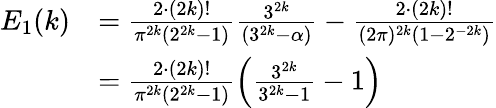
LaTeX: \begin{array}{rl}{E_{1}(k)}&{=\frac{2\cdot(2k)!}{\pi^{2k}(2^{2k}-1)}\frac{3^{2k}}{(3^{2k}-\alpha)}-\frac{2\cdot(2k)!}{(2\pi)^{2k}(1-2^{-2k})}}\\ &{=\frac{2\cdot(2k)!}{\pi^{2k}(2^{2k}-1)}\left(\frac{3^{2k}}{3^{2k}-1}-1\right)}\end{array}